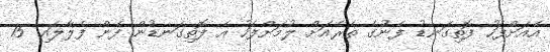
އެއަށްފަހު ފޮތިގަނޑު ފެނުގެ ތެރެއަށް ލުމަށްފަހު އެ ފޮތިގަނޑުން ފެން ފެލާލައި 15